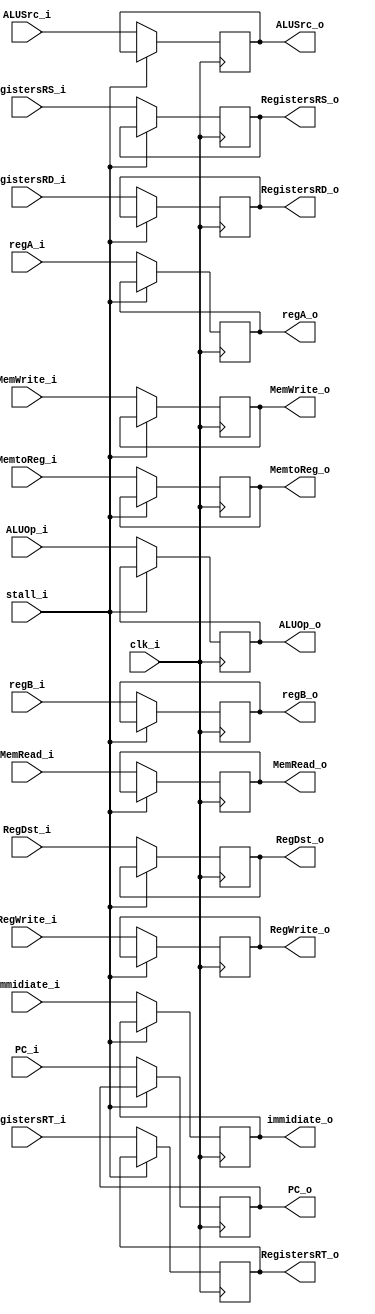
module ID_EX(
    clk_i,
	stall_i,
    regA_i,//data in register
    regB_i,//data in register
    PC_i,
    RegDst_i,//control signal
    ALUOp_i, 
    ALUSrc_i,
    RegWrite_i,
    MemtoReg_i,
    MemWrite_i,
    MemRead_i,
    RegistersRS_i,  //5bits instruction
    RegistersRT_i,  //5bits instruction
    RegistersRD_i, //5bits instruction
    immidiate_i, //immidiate value
    regA_o,
    regB_o,
    PC_o,
    RegDst_o,
    ALUOp_o, 
    ALUSrc_o,
    RegWrite_o,
    MemtoReg_o,
    MemWrite_o,
    MemRead_o,
    RegistersRS_o,
    RegistersRT_o,
    RegistersRD_o,
    immidiate_o 
);

input clk_i, stall_i;
input [31:0] regA_i, regB_i, PC_i;
//control signal
input [1:0] ALUOp_i;
input RegDst_i, ALUSrc_i, RegWrite_i, MemtoReg_i, MemWrite_i, MemRead_i;
//5bits instruction
input [4:0] RegistersRD_i, RegistersRS_i, RegistersRT_i;
input [31:0] immidiate_i;

output [31:0] regA_o, regB_o, PC_o;
output [1:0] ALUOp_o;
//control signal
output RegDst_o, ALUSrc_o, RegWrite_o, MemtoReg_o, MemWrite_o, MemRead_o;
//5bits instruction
output [4:0] RegistersRD_o, RegistersRS_o, RegistersRT_o;
output [31:0] immidiate_o;
reg regA_o, regB_o, PC_o, RegDst_o, ALUOp_o, ALUSrc_o, RegWrite_o, MemtoReg_o, MemWrite_o, MemRead_o, RegistersRD_o, RegistersRS_o, RegistersRT_o, immidiate_o;

always@(posedge clk_i)
begin
  if(stall_i) begin  
  end
  else begin
	regA_o <= regA_i;
	regB_o <= regB_i;
	PC_o <= PC_i;
	RegDst_o <= RegDst_i;
	ALUOp_o <= ALUOp_i;
	ALUSrc_o <= ALUSrc_i;
	RegWrite_o <= RegWrite_i;
	MemtoReg_o <= MemtoReg_i;
	MemWrite_o <= MemWrite_i;
	MemRead_o <= MemRead_i;
	RegistersRD_o <= RegistersRD_i;
	RegistersRS_o <= RegistersRS_i;
	RegistersRT_o <= RegistersRT_i;
	immidiate_o <= immidiate_i;
  end
end

endmodule